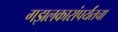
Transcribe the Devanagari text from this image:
गझलकारांपर्यंतचा